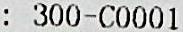
: 300-C0001